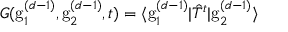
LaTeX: G ( \mathrm { g } _ { 1 } ^ { ( d - 1 ) } , \mathrm { g } _ { 2 } ^ { ( d - 1 ) } , t ) = \langle \mathrm { g } _ { 1 } ^ { ( d - 1 ) } | \hat { T } ^ { t } | \mathrm { g } _ { 2 } ^ { ( d - 1 ) } \rangle